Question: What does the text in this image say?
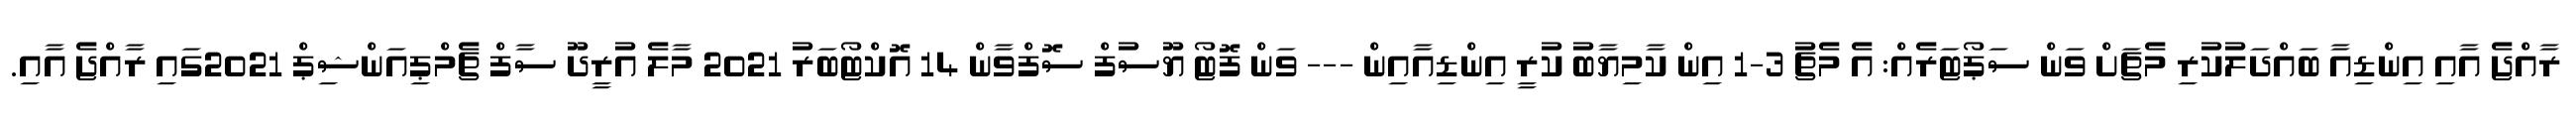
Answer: ރާއްޖެ އާއި އިންޑިއާ ބައްދަލުކުރި މެޗަށް ވަން ސަޕޯޓަރެއް: އެ މެޗު 3-1 އިން ކާމިޔާބު ކުރީ އިންޑިއާއިން --- ވަން ފޮޓޯ ޔޫސުފް ސޮފްވާން 14 އޮކްޓޯބަރު 2021 މާލެ އުރީދޫ ސާފް ޗެމްޕިއަންޝިޕް 2021ގައި ރާއްޖެ އާއި.